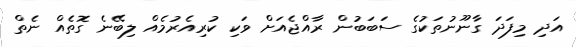
އަދި މިފަދަ ގާނޫނުތަކުގެ ސަބަބުން ރާއްޖެއަށް ވަކި ކުރިއެރުމެއް ލިބޭނެ ގޮތެއް ނެތް